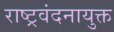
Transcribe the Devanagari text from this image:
राष्ट्रवंदनायुक्त